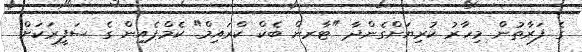
ގެ ފަރާތުން މިހާރު ކުރިޔަށްގެންދާ "ޓާރން ބެކް ކްރައިމް" ކެމްޕެއިން ގެ ސަފީރަކަށް